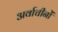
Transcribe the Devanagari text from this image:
अर्वाचीनों